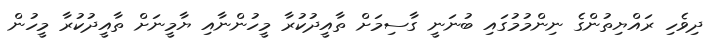
ދިވެހި ރައްޔިތުންގެ ނިންމުމުގައި ބުނަނީ ގާސިމަށް ތާއީދުކުރާ މީހުންނާއި ޔާމީނަށް ތާއީދުކުރާ މީހުން